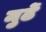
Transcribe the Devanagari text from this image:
मुर्ढे